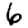
Digit: 6